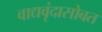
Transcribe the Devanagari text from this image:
वाद्यवृंदासोबत